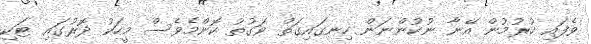
ވެފައި ހުރުމުން އޭނާ ނުކުންނަން ހިނގައިގަތް ވަގުތު ކޮންމެވެސް މީހަކު ދޮރުގައި ޓަކި